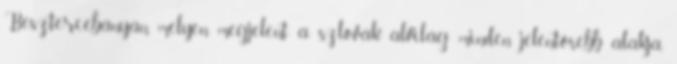
Besztercebányán, melyen megjelent a szlovák alvilág minden jelentősebb alakja.